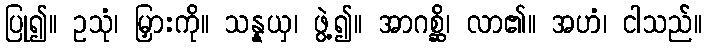
ပြု၍။ ဥသုံ၊ မြှားကို။ သန္နယှ၊ ဖွဲ့၍။ အာဂစ္ဆိ၊ လာ၏။ အဟံ၊ ငါသည်။